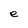
Character: e